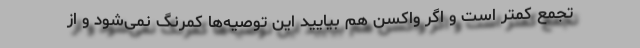
تجمع کمتر است و اگر واکسن هم بیایید این توصیه‌ها کمرنگ نمی‌شود و از